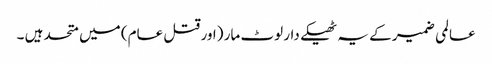
عالمی ضمیر کے یہ ٹھیکے دار لوٹ مار (اور قتل عام) میں متحد ہیں ۔